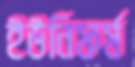
ইউনিফর্ম